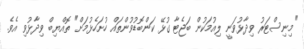
"މިނިސްޓަރު ވިދާޅުވަނީ ލިއުމަކުން ބަޖެޓާ ގުޅޭ ކަންބޮޑުވުންތައް ހުށަހެޅުމަށް" ތޮއްޔިބް ވިދާޅުވި އެވެ.